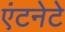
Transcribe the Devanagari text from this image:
एंटनेटे